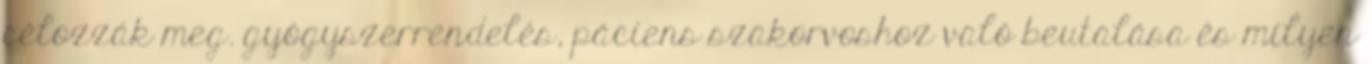
célozzák meg. gyógyszerrendelés, páciens szakorvoshoz való beutalása és milyen